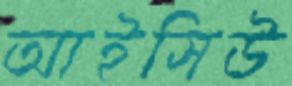
আইসিউ